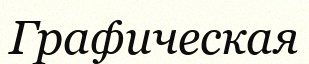
Графическая